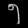
Digit: ၅